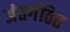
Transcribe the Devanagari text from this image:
अंतर्गठित